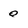
Character: 0